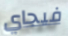
فيجاي